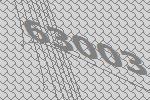
63003